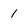
Character: 1